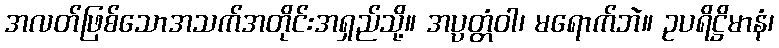
အလတ်ဖြစ်သောအသက်အတိုင်းအရှည်သို့။ အပ္ပတ္တံဝါ၊ မရောက်ဘဲ။ ဥပရိဋ္ဌိမာနံ၊